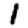
Digit: 1